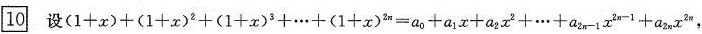
10 设$$( 1 + x ) + ( 1 + x )^{2} + ( 1 + x )^{3} + … + ( 1 + x )^{2n} = a_{0} + a_{1} x + a_{2} x_{2} + … + a_{2n-2} x^{2n-1} + a_{2n} x^{2n} ，